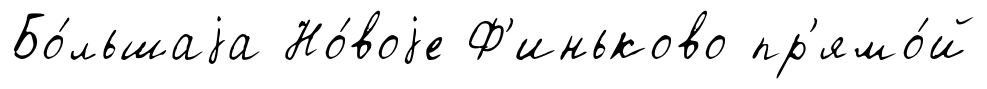
Бо́льшаjа Но́воjе Ф'иньково пр'ямо́й